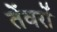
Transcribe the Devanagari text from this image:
तेंवरों